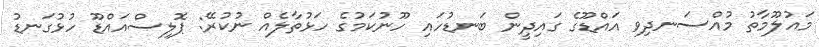
މައުލޫމާތު މުއްސަނދިވި އައްޑޫގެ ގައިދީން ބަނޑުހައި ހޫނުކަމުގެ ހަޅުތާލެއް ނުކުރޭ: ޕޮލިސްއައްޑޫ ހުޅުގަނޑު